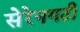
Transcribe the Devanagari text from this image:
सेरेनगटी